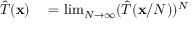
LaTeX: \begin{array} { r l } { { \hat { T } } ( \mathbf { x } ) } & { { } = \operatorname* { l i m } _ { N \to \infty } ( { \hat { T } } ( \mathbf { x } / N ) ) ^ { N } } \end{array}